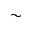
\sim